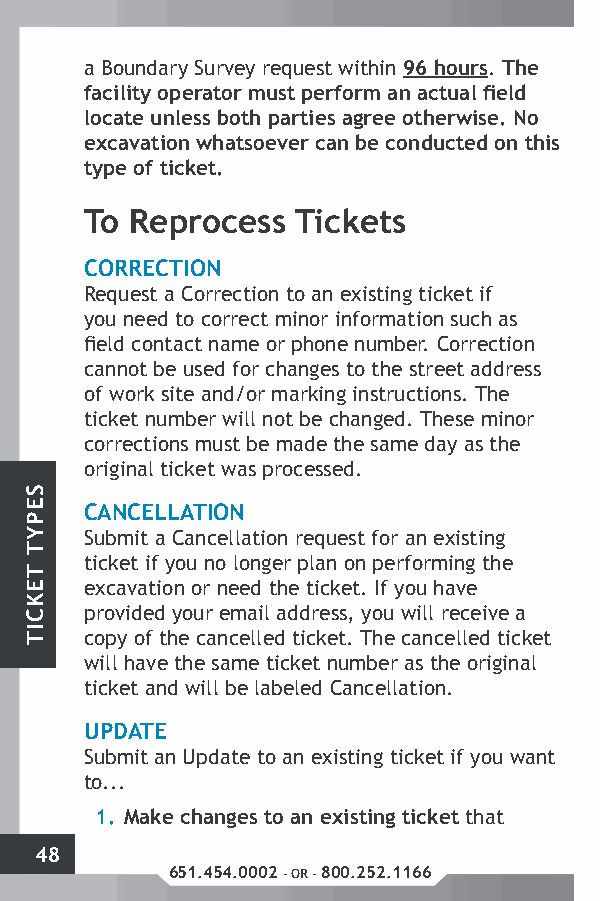
a Boundary Survey request within 96 hours. The
 facility operator must perform an actual field
 locate unless both parties agree otherwise. No
 excavation whatsoever can be conducted on this
 type of ticket.
 To Reprocess  Tickets
 CORRECTION
 Request a Correction to an existing ticket if
 you need to correct minor information such as
 field contact name or phone number. Correction
 cannot be used for changes to the street address
 of work site and/or marking instructions. The
 ticket number will not be changed. These minor
 corrections must be made the same day as the
 original ticket was processed.
 CANCELLATION
 Submit a Cancellation request for an existing
 ticket if you no longer plan on performing the
 excavation or need the ticket. If you have
 provided your email address, you will receive a
 copy of the cancelled ticket. The cancelled ticket
 will have the same ticket number as the original
 ticket and will be labeled Cancellation.
 UPDATE
 Submit an Update to an existing ticket if you want
 to...
 1. Make changes to an existing ticket that
 48
 651.454.0002 - OR - 800.252.1166
 SEPYT
 TEKCIT